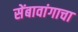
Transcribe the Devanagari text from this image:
सेंबावांगाचा